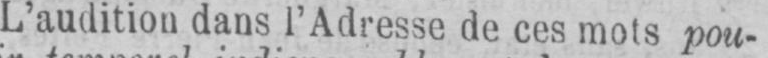
L’audition dans l’Adresse de ces mots pou-